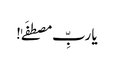
یا ربِّ مصطفَےٰ!